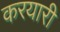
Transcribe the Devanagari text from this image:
करयारी